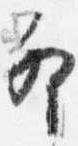
卯